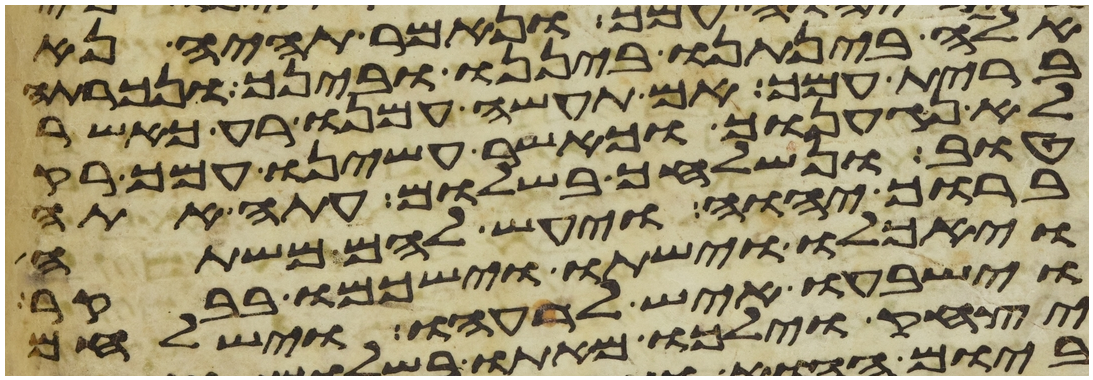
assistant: אלה בינתנו ביננו ובינך ונכרתה
ברית עמך אם תעשה עמנו רע כאשר
לא נגענוך וכאשר עשינו עמך רק
טוב ונשלחך בשלום עתה אתה
ברוך יהוה ויעש להם משתה
ויאכלו וישתו וישכמו בבקר
וישבעו איש לרעהו וישלחם